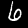
Digit: 6